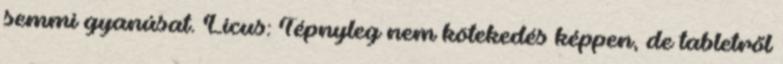
semmi gyanúsat. Licus: Tépnyleg nem kötekedés képpen, de tabletről